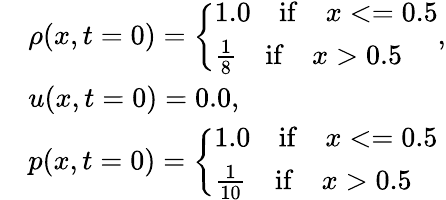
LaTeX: \begin{array}{rl}&{\rho(x,t=0)=\left\{ \begin{array}{ll}{1.0\quad\mathrm{if}\quad x<=0.5}\\ {\frac{1}{8}\quad\mathrm{if}\quad x>0.5}\end{array}\right.,}\\ &{u(x,t=0)=0.0,}\\ &{p(x,t=0)=\left\{ \begin{array}{ll}{1.0\quad\mathrm{if}\quad x<=0.5}\\ {\frac{1}{10}\quad\mathrm{if}\quad x>0.5}\end{array}\right.}\end{array}